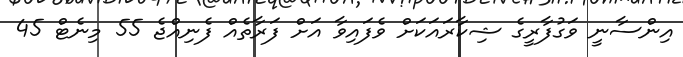
އިންސާނީ ވަގުފާރީގެ ޝިކާރައަކަށް ވެފައިވާ އަށް ފަރާތެއް ފެނިއްޖެ 55 މިނެޓް 45